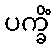
ပက္ခိံ